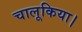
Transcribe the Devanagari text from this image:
चालूकिया।